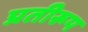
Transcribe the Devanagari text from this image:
प्रतीरूप